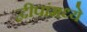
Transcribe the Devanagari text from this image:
द्वीपांमध्ये